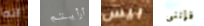
انه أرأيتم بيس فإننى